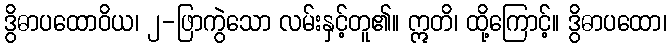
ဒွိဓာပထောဝိယ၊ ၂-ဖြာကွဲသော လမ်းနှင့်တူ၏။ ဣတိ၊ ထို့ကြောင့်။ ဒွိဓာပထော၊